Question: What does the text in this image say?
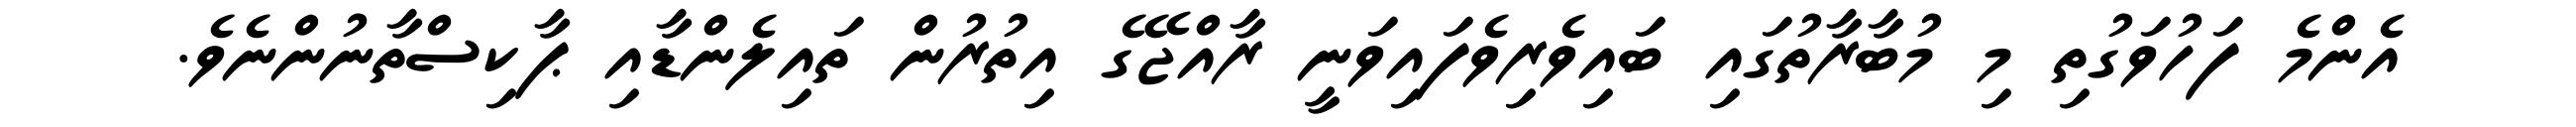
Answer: އެންމެ ފަހުވަގުތި މި މުބާރާތުގައި ބައިވެރިވެފައިވަނީ ރާއްޖޭގެ އިތުރުން ތައިލެންޑާއި ޕާކިސްތާނުންނެވެ.